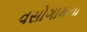
વસોગામના